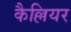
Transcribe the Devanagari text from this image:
कैल्लियर